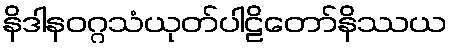
နိဒါနဝဂ္ဂသံယုတ်ပါဠိတော်နိဿယ